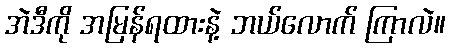
အဲဒီကို အမြန်ရထားနဲ့ ဘယ်လောက် ကြာလဲ။